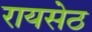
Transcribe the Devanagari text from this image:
रायसेठ